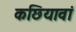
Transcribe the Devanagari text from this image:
कछियावां